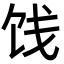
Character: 饯